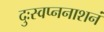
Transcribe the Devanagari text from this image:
दुःस्वप्ननाशनं